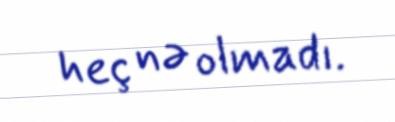
heç nə olmadı.